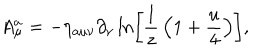
A _ { \mu } ^ { a } = - \eta _ { a \mu \nu } \partial _ { \nu } \ln \left[ { \frac { 1 } { z } } \left( 1 + { \frac { u } { 4 } } \right) \right] ,